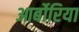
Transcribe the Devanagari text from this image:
आर्बोरिया